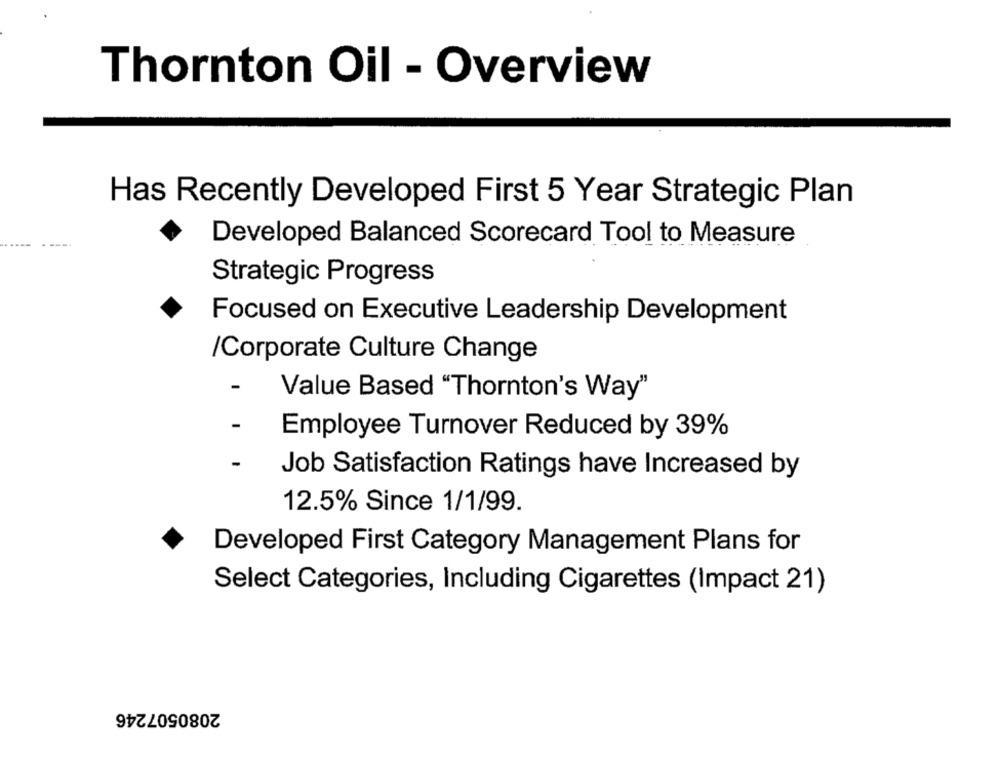
Thornton Oil - Overview
Has Recently Developed First 5 Year Strategic Plan
Developed Balanced Scorecard Tool to Measure
Strategic Progress
Focused on Executive Leadership Development
/Corporate Culture Change
Value Based "Thornton's Way"
-
Employee Turnover Reduced by 39%
-
Job Satisfaction Ratings have Increased by
12.5% Since 1/1/99.
Developed First Category Management Plans for
Select Categories, Including Cigarettes (Impact 21)
2080507246